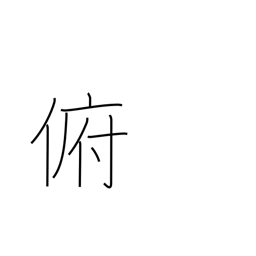
Meaning: bend down